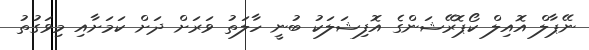
ނޭޕާލް އޮއިލް ކޯޕޮރޭޝަންގެ އޮފިޝަލަކު ބުނީ ހާލަތު ވަރަށް ދަށް ކަމަށާއި މިވަގުތު